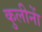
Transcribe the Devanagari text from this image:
कुलीनाें